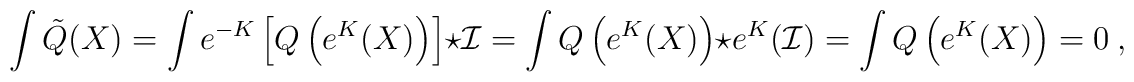
\int \tilde{Q}(X)=\int  e^{-K}\left[Q\left(e^{K}(X)\right)\right]\star\mathcal{I}=\int Q\left(e^{K}(X)\right)\star e^K(\mathcal{I})=\int Q\left(e^{K}(X)\right)=0  \ ,